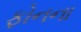
ફોનના